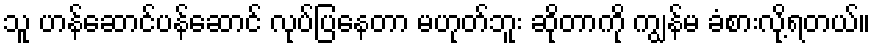
သူ ဟန်ဆောင်ပန်ဆောင် လုပ်ပြနေတာ မဟုတ်ဘူး ဆိုတာကို ကျွန်မ ခံစားလို့ရတယ်။